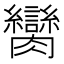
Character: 臠